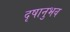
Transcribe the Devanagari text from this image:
दृषानुभव